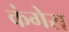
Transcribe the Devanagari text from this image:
कंगेरा